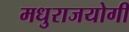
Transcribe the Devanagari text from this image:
मधुराजयोगी